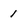
Character: 1